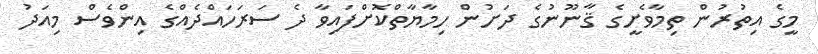
މީގެ އިތުރުން ތިމާވެށީގެ ޤާނޫނުގެ ދަށުން ހިމާޔާތްކޮށްފައިވާ ދެ ސަރަހައްދެއްގެ އިންވެސް މިއަދު